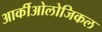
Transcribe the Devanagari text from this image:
आर्कीओलोजिकल